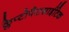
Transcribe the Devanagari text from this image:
क्लेप्टोपैरासाईटिक